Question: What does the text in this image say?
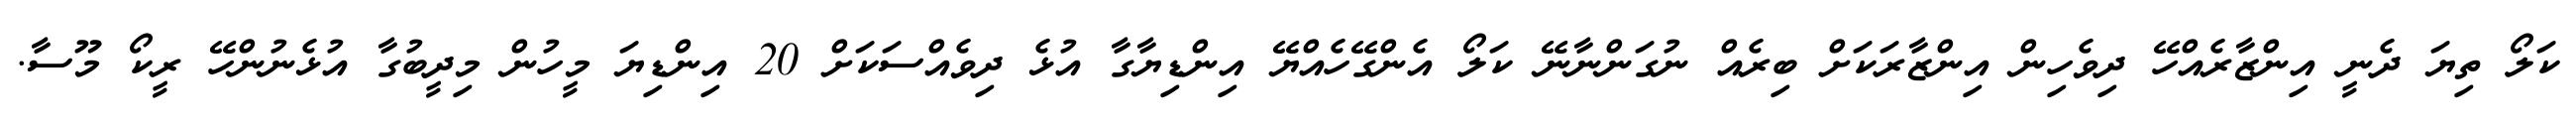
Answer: ކަލޯ ތިޔަ ދެނީ އިންޒާރެއްހޭ ދިވެހިން އިންޒާރަކަށް ބިރެއް ނުގަންނާނޭ ކަލޯ އެންގޭހެއްޔޭ އިންޑިޔާގާ އުޅެ ދިވެއްސަކަށް 20 އިންޑިޔަ މީހުން މިދީބުގާ އުޅެނުންހޭ ރީކޯ މޫސާ.